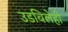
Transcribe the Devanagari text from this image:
उडविलेही